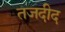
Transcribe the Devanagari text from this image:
तजदीद